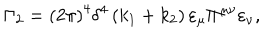
\Gamma _ { 2 } = \left( 2 \pi \right) ^ { 4 } \delta ^ { 4 } \left( k _ { 1 } + k _ { 2 } \right) \varepsilon _ { \mu } \Pi ^ { \mu \nu } \varepsilon _ { \nu } ,